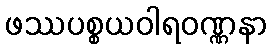
ဖဿပစ္စယဝါရဝဏ္ဏနာ